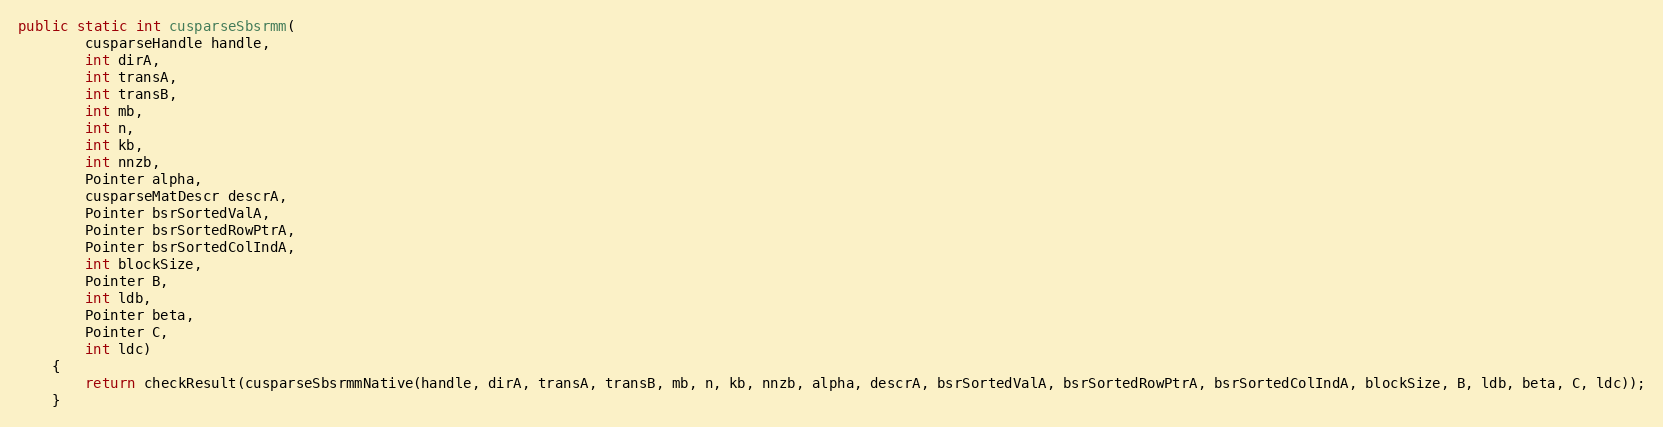
Language: Java
public static int cusparseSbsrmm(
        cusparseHandle handle,
        int dirA,
        int transA,
        int transB,
        int mb,
        int n,
        int kb,
        int nnzb,
        Pointer alpha,
        cusparseMatDescr descrA,
        Pointer bsrSortedValA,
        Pointer bsrSortedRowPtrA,
        Pointer bsrSortedColIndA,
        int blockSize,
        Pointer B,
        int ldb,
        Pointer beta,
        Pointer C,
        int ldc)
    {
        return checkResult(cusparseSbsrmmNative(handle, dirA, transA, transB, mb, n, kb, nnzb, alpha, descrA, bsrSortedValA, bsrSortedRowPtrA, bsrSortedColIndA, blockSize, B, ldb, beta, C, ldc));
    }